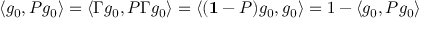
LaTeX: \langle g _ { 0 } , P g _ { 0 } \rangle = \langle \Gamma g _ { 0 } , P \Gamma g _ { 0 } \rangle = \langle ( { \bf 1 } - P ) g _ { 0 } , g _ { 0 } \rangle = 1 - \langle g _ { 0 } , P g _ { 0 } \rangle